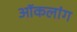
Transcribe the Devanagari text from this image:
ऑकलांग